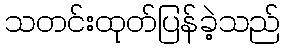
သတင်းထုတ်ပြန်ခဲ့သည်